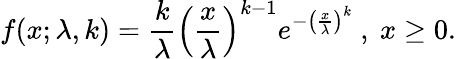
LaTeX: f(x;\lambda,k)=\frac{k}{\lambda}\left(\frac{x}{\lambda}\right)^{k-1}e^{-\left(\frac{x}{\lambda}\right)^{k}}~,~x\geq 0.